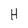
Character: H